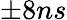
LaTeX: \pm 8ns